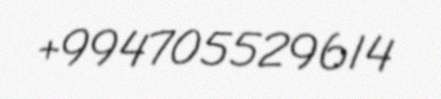
+994705529614